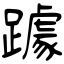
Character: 躆